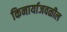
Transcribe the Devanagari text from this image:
किनार्याजवळील